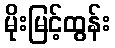
မိုးမြင့်ထွန်း